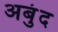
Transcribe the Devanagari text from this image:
अबुंद